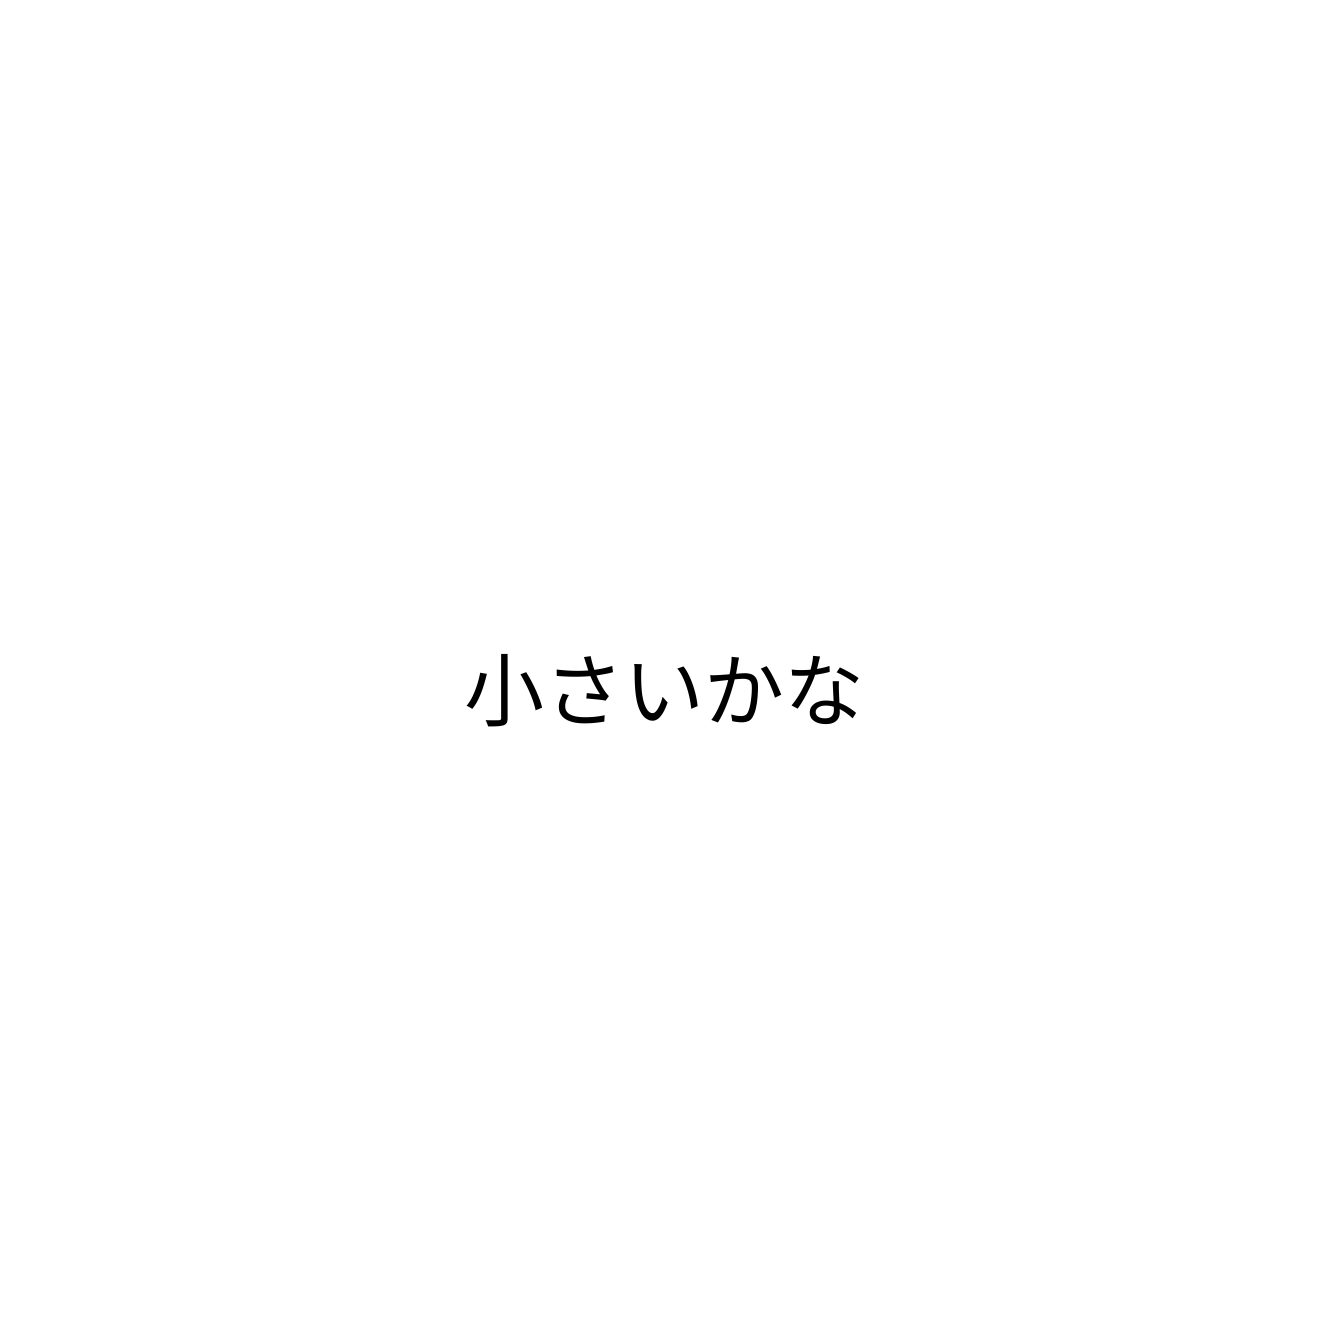
小さいかな